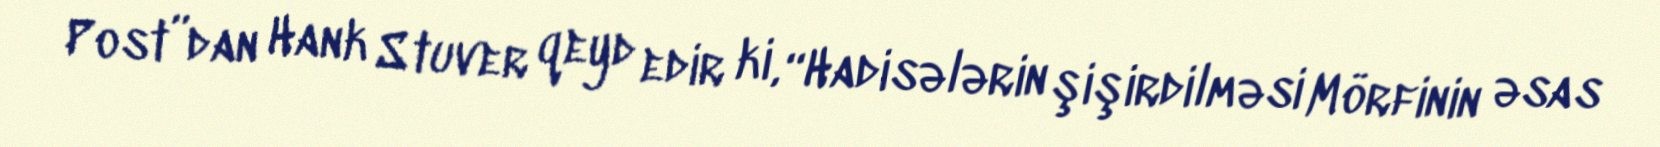
Post”dan Hank Stuver qeyd edir ki, “Hadisələrin şişirdilməsi Mörfinin əsas